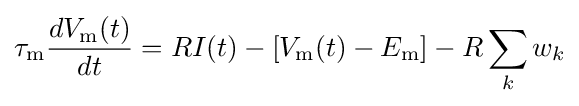
\tau _{\mathrm {m} }{\frac {dV_{\mathrm {m} }(t)}{dt}}=RI(t)-[V_{\mathrm {m} }(t)-E_{\mathrm {m} }]-R\sum _{k}w_{k}